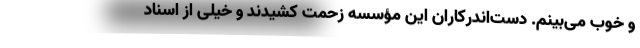
و خوب می‌بینم. دست‌اندرکاران این مؤسسه زحمت کشیدند و خیلی از اسناد